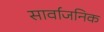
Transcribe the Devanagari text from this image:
सार्वाजनिक